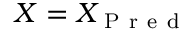
X = X _ { \mathrm { ~ P ~ r ~ e ~ d ~ } }